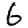
Digit: 6